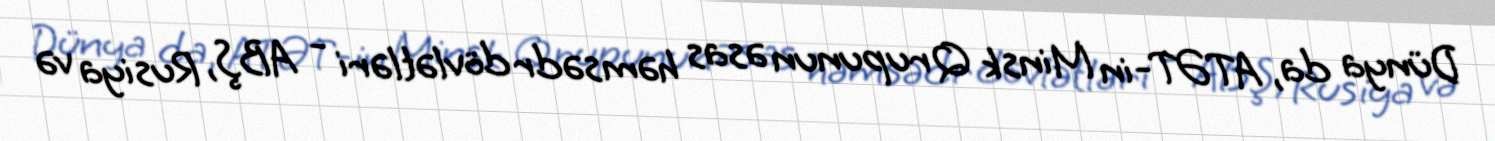
Dünya da, ATƏT-in Minsk Qrupunun əsas həmsədr dövlətləri - ABŞ, Rusiya və